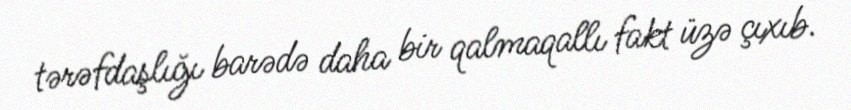
tərəfdaşlığı barədə daha bir qalmaqallı fakt üzə çıxıb.